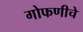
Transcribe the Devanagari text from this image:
गोफणीचे